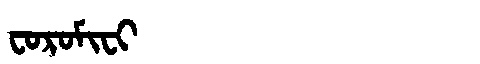
Manchu: ᠸᠣᡵᠣᠮᡳᠸᡳ
Romanization: FOROMIFI